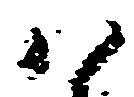
ハ